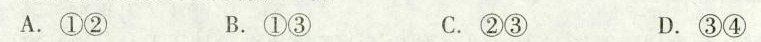
A.①② B.①③ C.②③ D.③④